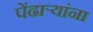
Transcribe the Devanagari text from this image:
पेंढाऱ्यांना